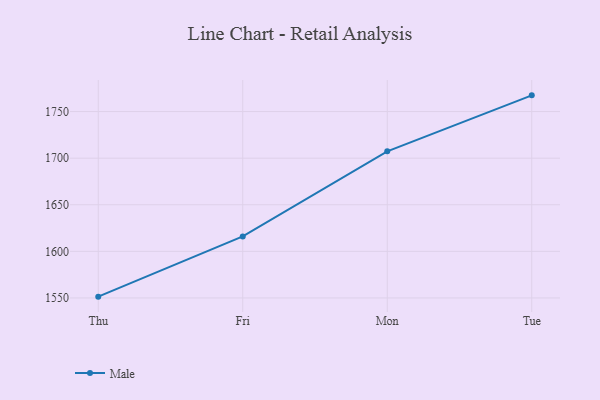
{"axis": {"x": "Day", "y": "Gross Profit (USD K)"}, "legend": ["Male"], "data": [{"x": "Thu", "y": 1551.4, "type": "Male"}, {"x": "Fri", "y": 1616.0, "type": "Male"}, {"x": "Mon", "y": 1707.3, "type": "Male"}, {"x": "Tue", "y": 1767.4, "type": "Male"}]}